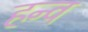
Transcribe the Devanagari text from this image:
हन्व